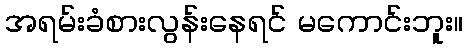
အရမ်းခံစားလွန်းနေရင် မကောင်းဘူး။